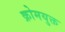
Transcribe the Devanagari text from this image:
क्रोमयुक्त